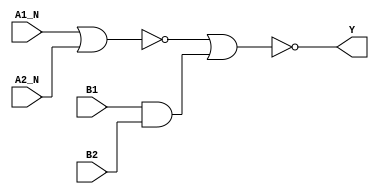
module sky130_fd_sc_hdll__a2bb2oi (
    Y   ,
    A1_N,
    A2_N,
    B1  ,
    B2
);

    // Module ports
    output Y   ;
    input  A1_N;
    input  A2_N;
    input  B1  ;
    input  B2  ;

    // Local signals
    wire and0_out  ;
    wire nor0_out  ;
    wire nor1_out_Y;

    //  Name  Output      Other arguments
    and and0 (and0_out  , B1, B2            );
    nor nor0 (nor0_out  , A1_N, A2_N        );
    nor nor1 (nor1_out_Y, nor0_out, and0_out);
    buf buf0 (Y         , nor1_out_Y        );

endmodule